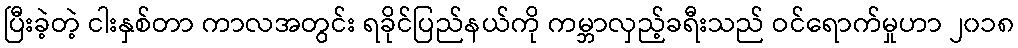
ပြီးခဲ့တဲ့ ငါးနှစ်တာ ကာလအတွင်း ရခိုင်ပြည်နယ်ကို ကမ္ဘာလှည့်ခရီးသည် ဝင်ရောက်မှုဟာ ၂၀၁၈